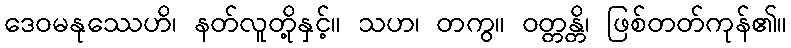
ဒေဝမနုဿေဟိ၊ နတ်လူတို့နှင့်။ သဟ၊ တကွ။ ဝတ္တန္တိ၊ ဖြစ်တတ်ကုန်၏။